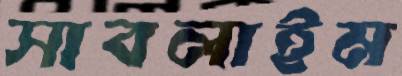
সাবলাইম